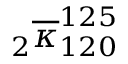
{ } _ { 2 } \overline { { \kappa } } _ { 1 2 0 } ^ { 1 2 5 }